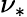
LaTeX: \nu_{*}